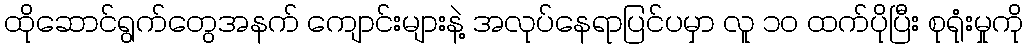
ထိုဆောင်ရွက်တွေအနက် ကျောင်းများနဲ့ အလုပ်နေရာပြင်ပမှာ လူ ၁၀ ထက်ပိုပြီး စုရုံးမှုကို